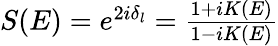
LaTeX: \begin{array}{r}{S(E)=e^{2i\delta_{l}}=\frac{1+iK(E)}{1-iK(E)}}\end{array}